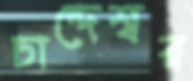
চান্দেশ্বর